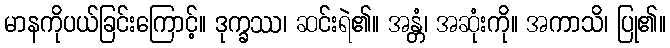
မာနကိုပယ်ခြင်းကြောင့်။ ဒုက္ခဿ၊ ဆင်းရဲ၏။ အန္တံ၊ အဆုံးကို။ အကာသိ၊ ပြု၏။